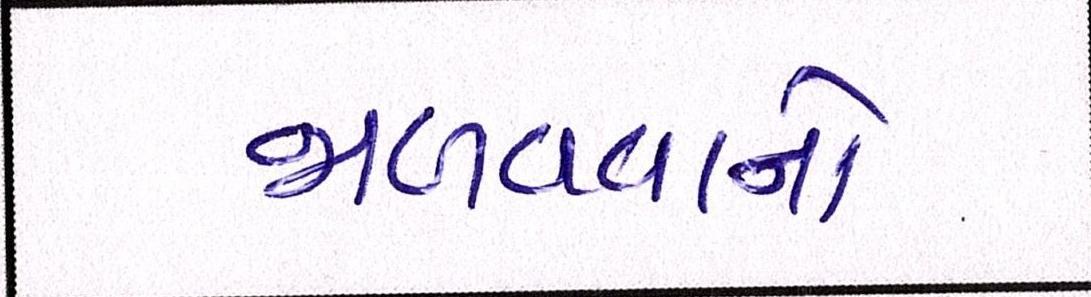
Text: જાળવવાનો